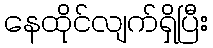
နေထိုင်လျက်ရှိပြီး